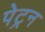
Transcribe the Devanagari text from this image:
पेट्रन